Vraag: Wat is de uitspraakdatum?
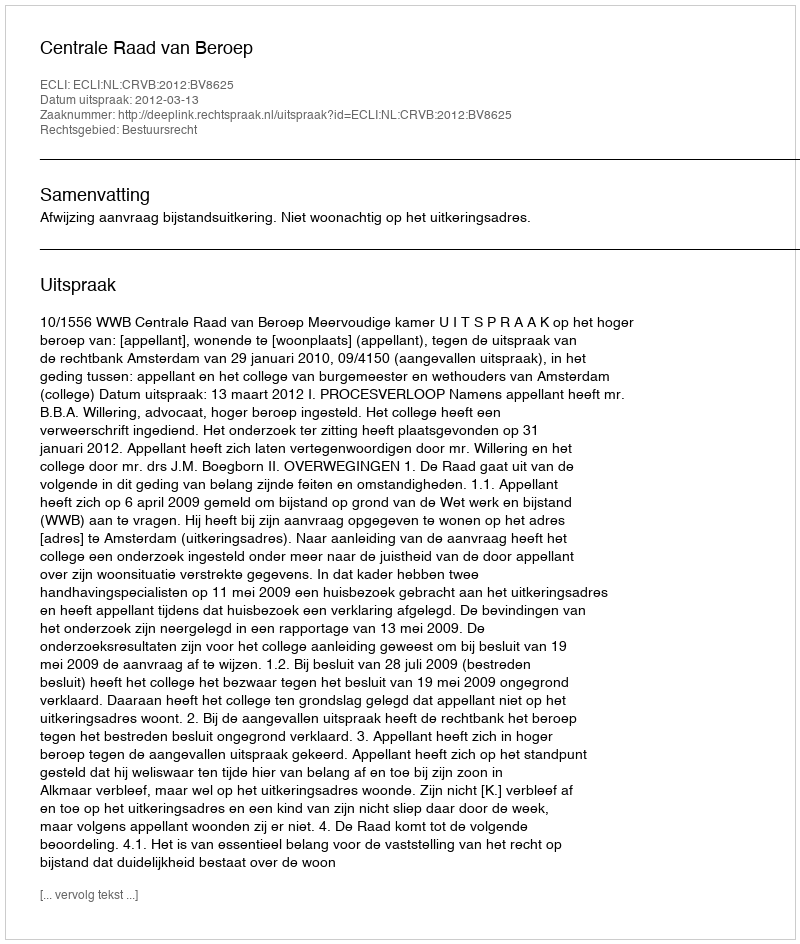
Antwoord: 2012-03-13